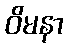
ဝိမနာ